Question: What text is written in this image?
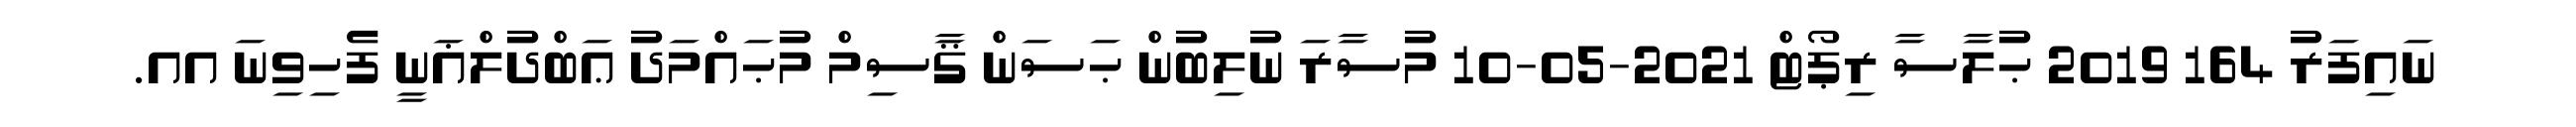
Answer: ނައިފަރު 164 2019 ޙުލާސާ ރިޕޯޓް 2021-05-10 މުސާރަ ނުލިބުން ޙަސަން ޤާސިމް މުޙައްމަދު ޢަބްދުލްޣަނީ ފެހިވިނަ އއ.